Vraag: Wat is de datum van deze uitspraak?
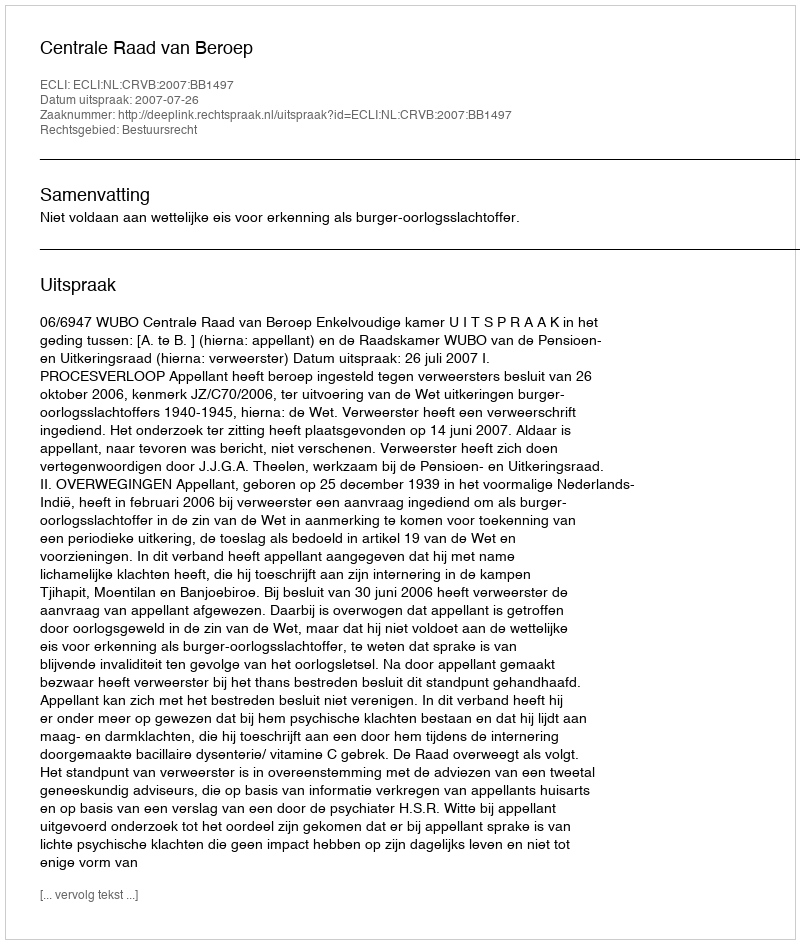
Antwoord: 2007-07-26